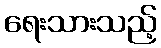
ရေးသားသည့်